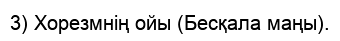
3) Хорезмнің ойы (Бесқала маңы).